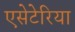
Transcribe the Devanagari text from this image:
एसेटेरिया